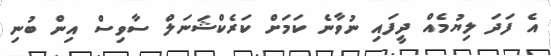
އެ ފަދަ ލިޔުމެއް ދީފައި ނުވާނެ ކަމަށް ކަރެކްޝަނަލް ސާވިސް އިން ބުނި